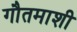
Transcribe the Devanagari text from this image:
गौतमाशी